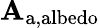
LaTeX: \mathbf{A}_{\mathrm{{a,albedo}}}